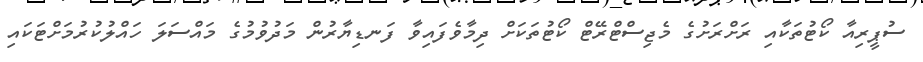
ސުޕީރިއާ ކޯޓުތަކާއި ރަށްރަށުގެ މެޖިސްޓްރޭޓް ކޯޓުތަކަށް ދިމާވެފައިވާ ފަނޑިޔާރުން މަދުވުމުގެ މައްސަލަ ހައްލުކުރުމަށްޓަކައި